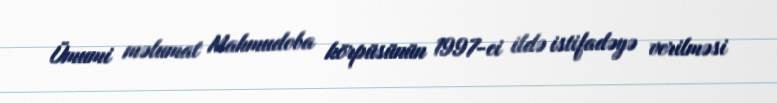
Ümumi məlumat Mahmudoba körpüsünün 1997-ci ildə istifadəyə verilməsi